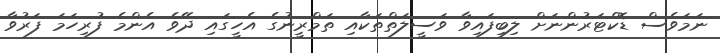
ނަމަވެސް ޑޮކްޓަރުންނަށް ލިބިފައިވާ ވަސީލަތްތަކާއި ތަމްރީނުގެ އެހީގައި ދޭވެ އެންމެ ފުރިހަމަ ފަރުވާ